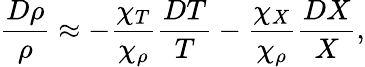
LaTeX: {\frac{D\rho}{\rho}}\approx-{\frac{\chi_{T}}{\chi_{\rho}}}{\frac{DT}{T}}-{\frac{\chi_{X}}{\chi_{\rho}}}{\frac{DX}{X}},